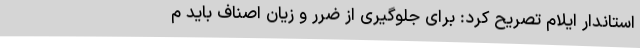
استاندار ایلام تصریح کرد: برای جلوگیری از ضرر و زیان اصناف باید م